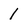
Character: I